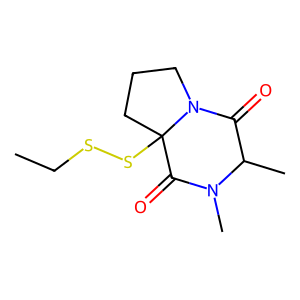
SMILES: CCSSC12CCCN1C(=O)C(C)N(C)C2=O
Inhibits HIV replication: No